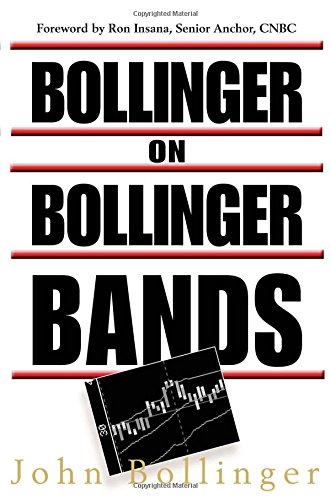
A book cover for Bollinger on Bollinger Bands; John A. Bollinger; Business & Money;